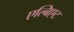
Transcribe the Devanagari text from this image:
एल्बिएट